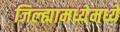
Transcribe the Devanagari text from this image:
जिल्ह्यामध्येमध्ये